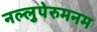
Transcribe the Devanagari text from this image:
नल्लुपेरुमनम